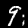
Label: 9